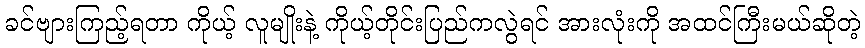
ခင်ဗျားကြည့်ရတာ ကိုယ့် လူမျိုးနဲ့ ကိုယ့်တိုင်းပြည်ကလွဲရင် အားလုံးကို အထင်ကြီးမယ်ဆိုတဲ့